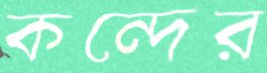
কন্দের